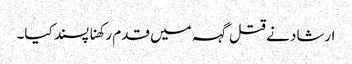
ارشاد نے قتل گہہ میں قدم رکھنا پسند کیا۔